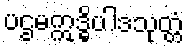
ပဌမဣဒ္ဓိပါဒသုတ္တံ